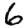
Digit: 6